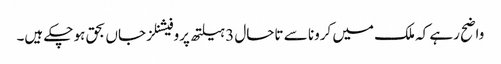
واضح رہے کہ ملک میں کرونا سے تاحال 3 ہیلتھ پروفیشنلز جاں بحق ہو چکے ہیں۔